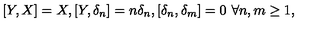
[ Y , X ] = X , [ Y , \delta _ { n } ] = n \delta _ { n } , [ \delta _ { n } , \delta _ { m } ] = 0 \ \forall n , m \geq 1 ,